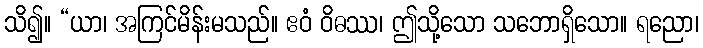
သိ၍။ “ယာ၊ အကြင်မိန်းမသည်။ ဧဝံ ဝိဓဿ၊ ဤသို့သော သဘောရှိသော။ ရညော၊